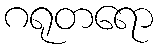
ဂရုတရော